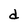
Character: d